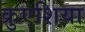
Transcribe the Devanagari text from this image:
क्रुएशिया